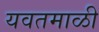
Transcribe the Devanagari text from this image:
यवतमाळी